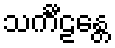
သင်္ကီဠန္တေ